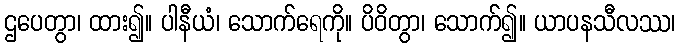
ဌပေတွာ၊ ထား၍။ ပါနီယံ၊ သောက်ရေကို။ ပိဝိတွာ၊ သောက်၍။ ယာပနသီလဿ၊